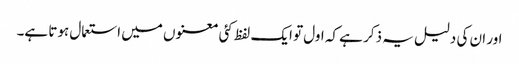
اور ان کی دلیل یہ ذکر ہے کہ اول تو ایک لفظ کئی معنوں میں استعمال ہوتا ہے۔